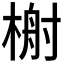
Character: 𬃢